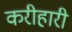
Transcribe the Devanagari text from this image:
करीहारी